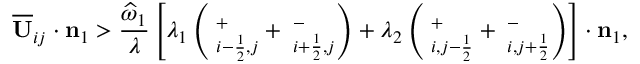
\overline { { \mathbf { U } } } _ { i j } \cdot \mathbf { n } _ { 1 } > \frac { \widehat { \omega } _ { 1 } } { \lambda } \left[ \lambda _ { 1 } \left( { \bf \Pi } _ { i - \frac { 1 } { 2 } , j } ^ { + } + { \bf \Pi } _ { i + \frac { 1 } { 2 } , j } ^ { - } \right) + \lambda _ { 2 } \left( { \bf \Pi } _ { i , j - \frac { 1 } { 2 } } ^ { + } + { \bf \Pi } _ { i , j + \frac { 1 } { 2 } } ^ { - } \right) \right] \cdot \mathbf { n } _ { 1 } ,